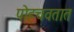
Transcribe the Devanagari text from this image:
पोहचवतात